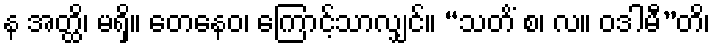
န အတ္ထိ၊ မရှိ။ တေနေဝ၊ ကြောင့်သာလျှင်။ “သတိံ စ၊ လ။ ဝဒါမီ”တိ၊